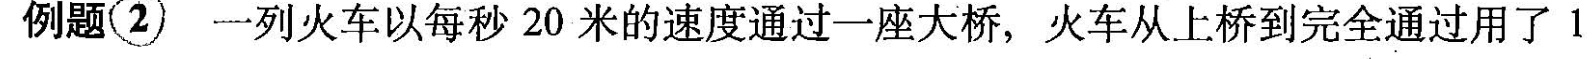
1分钟时间，火车完全在桥上的时间是40秒。请问：大桥长多少米?